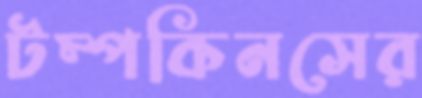
টম্পকিনসের